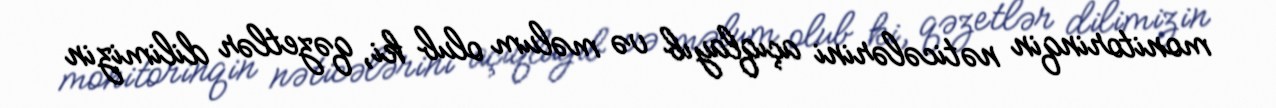
monitorinqin nəticələrini açıqlayıb və məlum olub ki, qəzetlər dilimizin